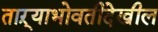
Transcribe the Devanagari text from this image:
ताऱ्याभोवतीदेखील